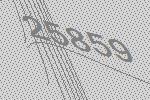
25859